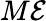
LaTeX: M\mathcal{E}